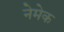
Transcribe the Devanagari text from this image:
नेमेक